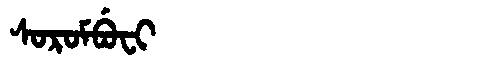
Manchu: ᠰᠣᡵᠣᠮᠪᡠᠸᡳ
Romanization: SOROMBUFI